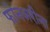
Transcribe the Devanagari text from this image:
फोनअरीना